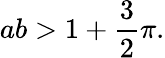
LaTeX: ab>1+{\frac{3}{2}}\pi.